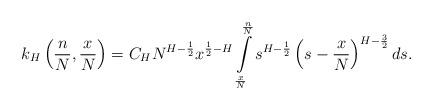
LaTeX: \begin{align*} k_H\left(\frac{n}{N},\frac{x}{N}\right)=C_H N^{H-\frac{1}{2}} x^{\frac{1}{2}-H}\int\limits_{\frac{x}{N}}^{\frac{n}{N}}s^{H-\frac{1}{2}}\left(s-\frac{x}{N}\right)^{H-\frac{3}{2}}ds.\end{align*}